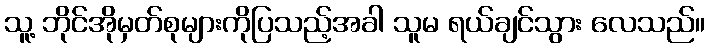
သူ့ ဘိုင်အိုမှတ်စုများကိုပြသည့်အခါ သူမ ရယ်ချင်သွား လေသည်။